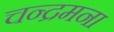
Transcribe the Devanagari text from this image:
चन्द्रमना